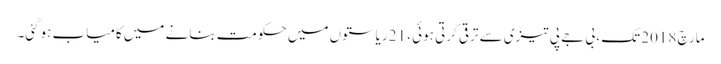
مارچ 2018 تک ، بی جے پی تیزی سے ترقی کرتی ہوئی ، 21 ریاستوں میں حکومت بنانے میں کامیاب ہوگئی۔